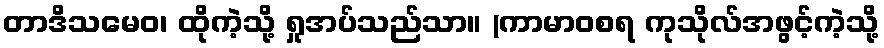
တာဒိသမေဝ၊ ထိုကဲ့သို့ ရှုအပ်သည်သာ။ (ကာမာဝစရ ကုသိုလ်အဖွင့်ကဲ့သို့